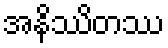
အနိဿိတဿ